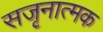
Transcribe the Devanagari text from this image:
सजृनात्मक